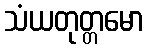
သံယတုတ္တမော